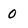
Character: 0